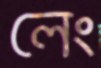
লেং